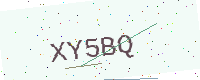
Text: XY5BQ